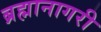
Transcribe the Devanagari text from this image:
ब्रह्मानागरी